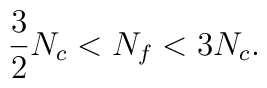
\frac{3}{2}N_c < N_f < 3N_c.